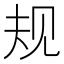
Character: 规